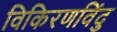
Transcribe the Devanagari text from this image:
विकिरणविंदु